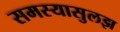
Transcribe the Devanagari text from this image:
समस्यासुलझ